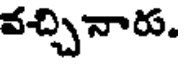
వచ్చినారు.